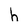
Character: h